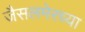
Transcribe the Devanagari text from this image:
जैसलमेरच्या